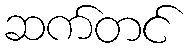
ဆက်တင်